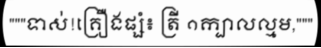
"""ទាស់!គ្រឿងផ្សំ៖ ត្រី ១ក្បាលល្មម,"""